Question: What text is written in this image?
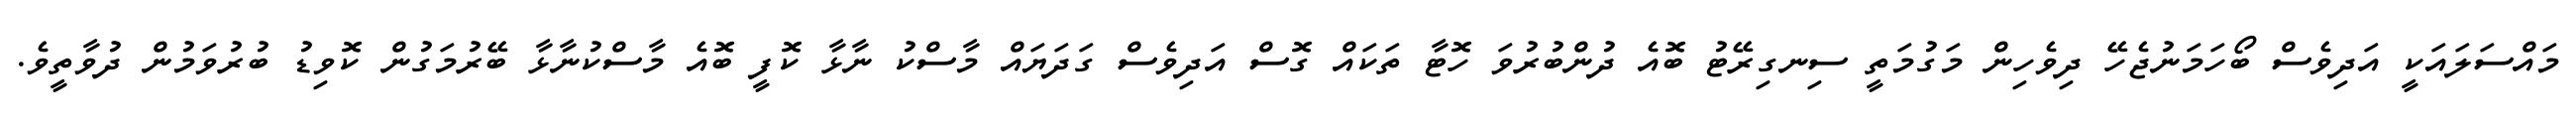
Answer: މައްސަލައަކީ އަދިވެސް ބޯހަމަނުޖެހޭ ދިވެހިން މަގުމަތީ ސިނގިރޭޓު ބޮއެ ދުންބުރުވަ ހޮޓާ ތަކައް ގޮސް އަދިވެސް ގަދަޔައް މާސްކު ނާޅާ ކޮފީ ބޮއެ މާސްކުނާޅާ ބޭރުމަގުން ކޮވިޑު ބުރުވަމުން ދުވާތީވެ.